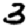
Digit: 3